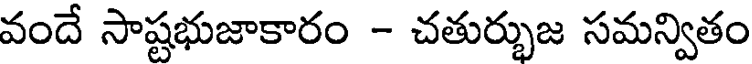
వందే సాష్టభుజాకారం - చతుర్భుజ సమన్వితం